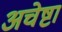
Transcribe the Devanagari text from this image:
अचेष्टा